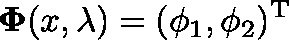
\mathbf { \Phi } ( x , \lambda ) = ( \phi _ { 1 } , \phi _ { 2 } ) ^ { \mathrm { T } }